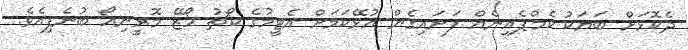
ދެކޮޅަށް ބަޔަކު ކެމްޕެއިނެއް ފަށައިގެން އުޅޭކަމަށް އެޓީމުގެ ކޯޗު ހޯޒޭ މޮރީނިއޯ ބުނެފިއެވެ.